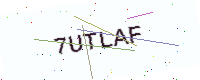
Text: 7UTLAF